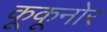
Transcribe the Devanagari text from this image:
कूकूनोर